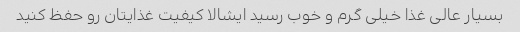
بسیار عالی غذا خیلی گرم و خوب رسید ایشالا کیفیت غذایتان رو حفظ کنید